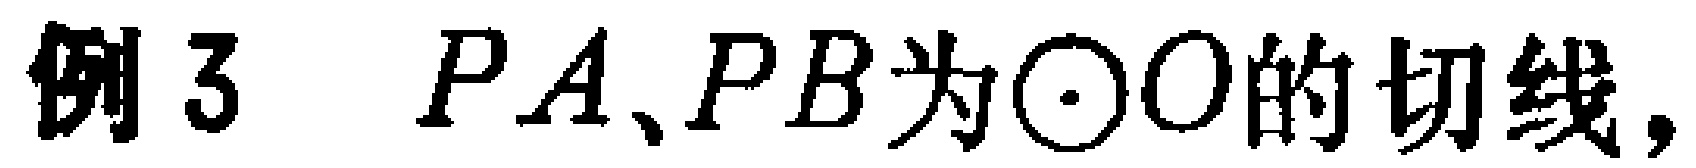
例3 \(PA、PB为\odot O的切线，\)